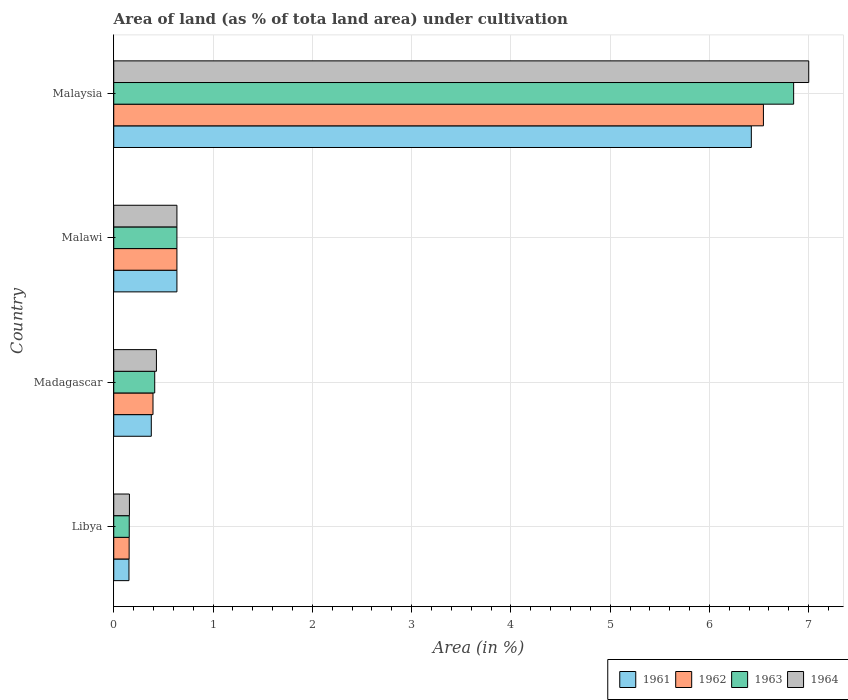
| Country | 1961 | 1962 | 1963 | 1964 |
 | --- | --- | --- | --- | --- |
 | Libya | 0.153 | 0.155 | 0.156 | 0.158 |
 | Madagascar | 0.378 | 0.396 | 0.413 | 0.43 |
 | Malawi | 0.636 | 0.636 | 0.636 | 0.636 |
 | Malaysia | 6.42 | 6.54 | 6.85 | 7 |